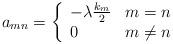
LaTeX: \begin{align*} a_{m n} = \left\{ \begin{array}{ll} - \lambda \frac{k_{m}}{2} & m=n\\ 0 & m \neq n \end{array} \right. \end{align*}